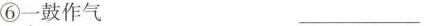
⑥一鼓作气 ___